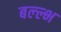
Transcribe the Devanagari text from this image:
बल्ल्भ